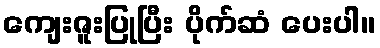
ကျေးဇူးပြုပြီး ပိုက်ဆံ ပေးပါ။